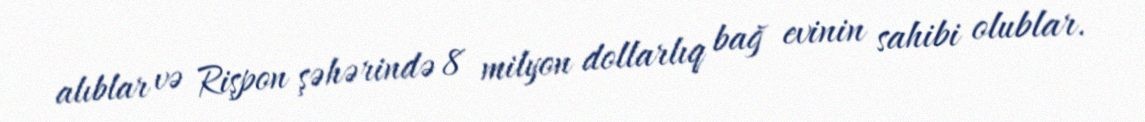
alıblar və Rişpon şəhərində 8 milyon dollarlıq bağ evinin sahibi olublar.